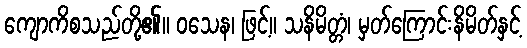
ကျောကိစသည်တို့၏။ ဝသေန၊ ဖြင့်။ သနိမိတ္တံ၊ မှတ်ကြောင်းနိမိတ်နှင့်